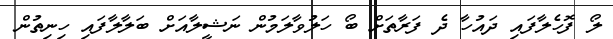
ލޯ ފޮހެލާފައި ދައުހާ ދެ ފަރާތަށް ބޯ ހަލުވާލަމުން ނަޝީލާއަށް ބަލާލާފައި ހިނިތުން